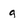
Character: g